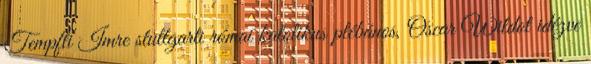
Tempfli Imre stuttgarti római katolikus plébános, Oscar Wildot idézve